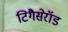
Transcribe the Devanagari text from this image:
टिगैसेरॉड